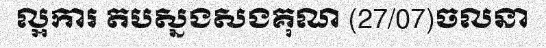
ល្អការ តបស្នងសងគុណ (27/07)ចលនា